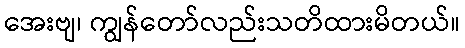
အေးဗျ၊ ကျွန်တော်လည်းသတိထားမိတယ်။